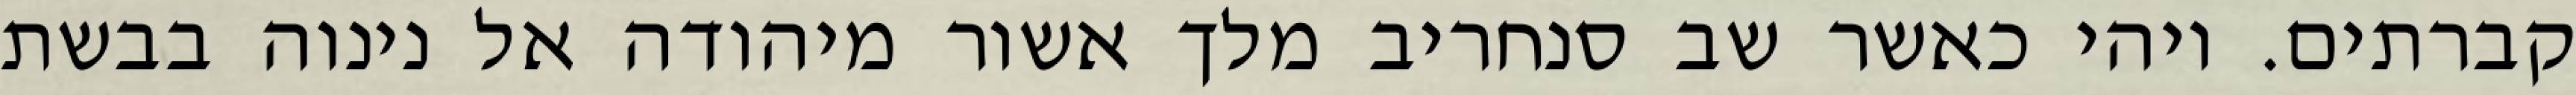
קברתים. ויהי כאשר שב סנחריב מלך אשור מיהודה אל נינוה בבשת